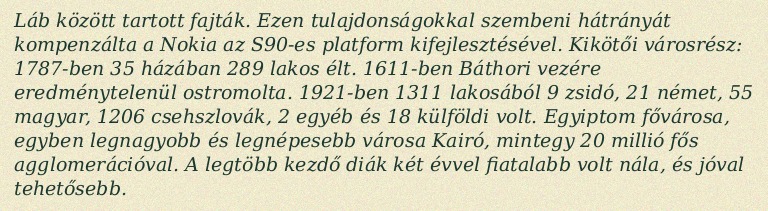
Láb között tartott fajták. Ezen tulajdonságokkal szembeni hátrányát kompenzálta a Nokia az S90-es platform kifejlesztésével. Kikötői városrész: 1787-ben 35 házában 289 lakos élt. 1611-ben Báthori vezére eredménytelenül ostromolta. 1921-ben 1311 lakosából 9 zsidó, 21 német, 55 magyar, 1206 csehszlovák, 2 egyéb és 18 külföldi volt. Egyiptom fővárosa, egyben legnagyobb és legnépesebb városa Kairó, mintegy 20 millió fős agglomerációval. A legtöbb kezdő diák két évvel fiatalabb volt nála, és jóval tehetősebb.